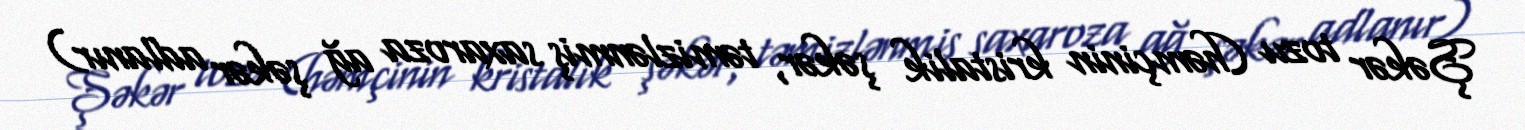
Şəkər tozu (həmçinin kristalik şəkər, təmizlənmiş saxaroza ağ şəkər adlanır)